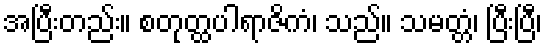
အပြီးတည်း။ စတုတ္ထပါရာဇိကံ၊ သည်။ သမတ္တံ၊ ပြီးပြီ၊